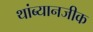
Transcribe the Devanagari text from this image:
थांब्यानजीक